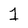
Character: 1